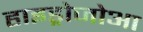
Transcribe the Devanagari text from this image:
हाइड्रोजोआ